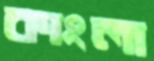
কাংলা